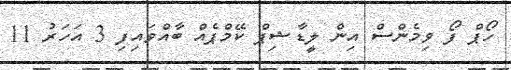
ހޯޕް ފޯ ވިމެންސް އިން ލީޑާޝިޕް ކޭމްޕެއް ބާއްވައިފި 3 އަހަރު 11